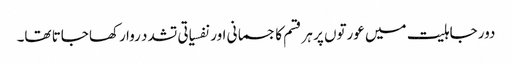
دور جاہلیت میں عورتوں پر ہر قسم کا جسمانی اور نفسیاتی تشدد روا رکھا جاتا تھا۔